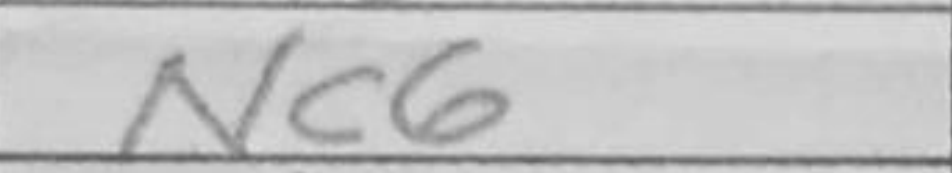
Transcription: Nc6